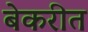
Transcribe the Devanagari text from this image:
बेकरीत